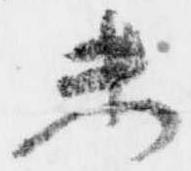
未